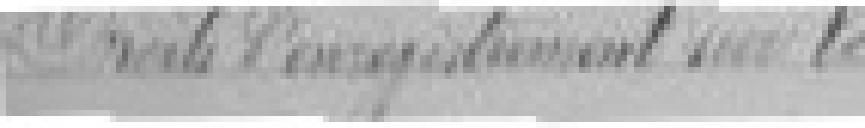
Droits d'enregistrement sur le